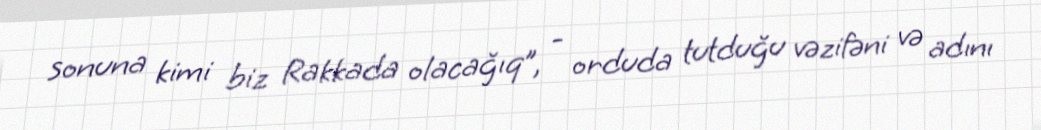
sonuna kimi biz Rakkada olacağıq”, - orduda tutduğu vəzifəni və adını